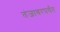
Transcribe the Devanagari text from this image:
तंजावरपर्यंत